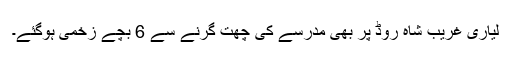
لیاری غریب شاہ روڈ پر بھی مدرسے کی چھت گرنے سے 6 بچے زخمی ہوگئے۔